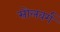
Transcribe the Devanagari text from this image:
सोलवर्ग